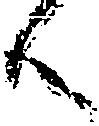
候